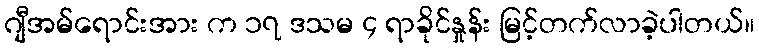
ဂျီအမ်ရောင်းအား က ၁၇ ဒသမ ၄ ရာခိုင်နှုန်း မြင့်တက်လာခဲ့ပါတယ်။